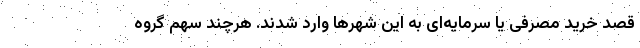
قصد خرید مصرفی یا سرمایه‌‌ای به این شهرها وارد شدند. هرچند سهم گروه